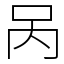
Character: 呙